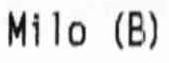
MILO (B)